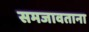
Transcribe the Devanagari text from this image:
समजावताना